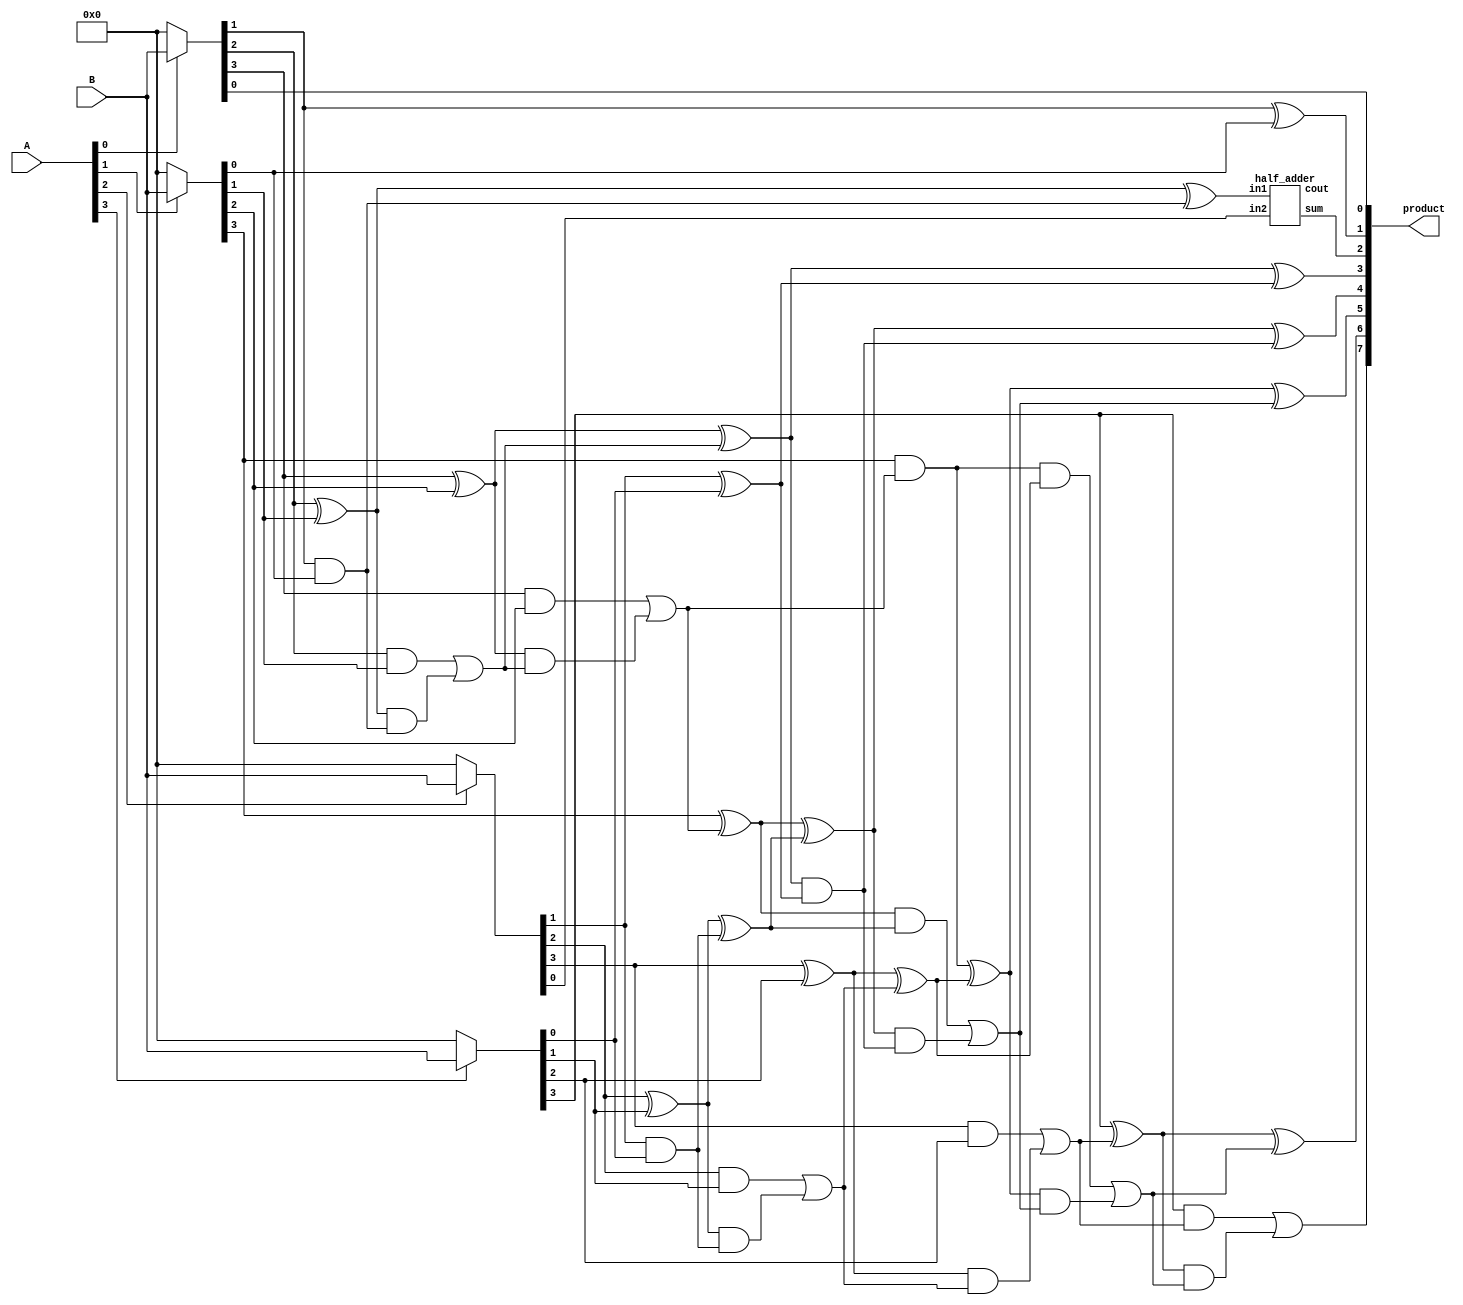
module russian_peasant_modified_unsigned_multiplier_4(product, A, B);
    /* This implementation uses carry look-ahead adders of max length 4 even
     * for final stage */

    input [3:0] A, B;
    output [7:0] product;

    wire [7:0] product;
    wire s11, s12, s13, s14, s21, s22, s23, s24;
    wire c11, c12, c13, c14, c21, c22, c23, c24, c31, c32, c33;

    wire [3:0] PP0, PP1, PP2, PP3;
    assign PP0 = A[0] ? B : 4'b0000;
    assign PP1 = A[1] ? B : 4'b0000;
    assign PP2 = A[2] ? B : 4'b0000;
    assign PP3 = A[3] ? B : 4'b0000;

    assign product[0] = PP0[0];


    wire [3:0] G1, P1, C1;
    assign G1[0] = PP0[1] & PP1[0];
    assign G1[1] = PP0[2] & PP1[1];
    assign G1[2] = PP0[3] & PP1[2];
    assign P1[0] = PP0[1] ^ PP1[0];
    assign P1[1] = PP0[2] ^ PP1[1];
    assign P1[2] = PP0[3] ^ PP1[2];
    assign P1[3] = PP1[3];

    assign C1[1] = G1[0];
    assign C1[2] = G1[1] | (P1[1] & C1[1]);
    assign C1[3] = G1[2] | (P1[2] & C1[2]);
    assign c1    = P1[3] & C1[3]; //G[3] | (P[3] & C[3]);
    assign s1    = P1[0];
    assign s2    = P1[1] ^ C1[1];
    assign s3    = P1[2] ^ C1[2];
    assign s4    = P1[3] ^ C1[3];

    assign product[1] = s1;
    wire [2:0] G2; /* Generate */
    wire [2:0] P2; /* Propagate */
    wire [2:0] C2; /* Carry */
    assign G2[0] = PP2[1] & PP3[0];
    assign G2[1] = PP2[2] & PP3[1];
    assign G2[2] = PP2[3] & PP3[2];
    assign P2[0] = PP2[1] ^ PP3[0];
    assign P2[1] = PP2[2] ^ PP3[1];
    assign P2[2] = PP2[3] ^ PP3[2];
    assign C2[1] = G2[0];
    assign C2[2] = G2[1] | (P2[1] & C2[1]);
    assign c2    = G2[2] | (P2[2] & C2[2]);
    assign s5    = P2[0];
    assign s6    = P2[1] ^ C2[1];
    assign s7    = P2[2] ^ C2[2];


    half_adder HA1(product[2], c3, s2, PP2[0]);
    wire [3:0] G, P, C, sum;
    assign G[0] = s3 & s5;
    assign G[1] = s4 & s6;
    assign G[2] = c1 & s7;
    assign G[3] = PP3[3]   & c2;
    assign P[0] = s3 ^ s5;
    assign P[1] = s4 ^ s6;
    assign P[2] = c1 ^ s7;
    assign P[3] = PP3[3] ^ c2;

    assign C[1] = G[0];// | (P[0] & C[0]);
    assign C[2] = G[1] | (P[1] & C[1]);
    assign C[3] = G[2] | (P[2] & C[2]);
    assign product[7] = G[3] | (P[3] & C[3]);
    assign product[3] = P[0];
    assign product[4] = P[1] ^ C[1];
    assign product[5] = P[2] ^ C[2];
    assign product[6] = P[3] ^ C[3];
endmodule


module russian_peasant_modified_unsigned_multiplier_4_attempt4(product, A, B);
   /* This implementation uses carry look-ahead adders of length 4, but the
    * final stage uses 5 bit carry lookahead adder*/
    input [3:0] A, B;
    output [7:0] product;

    wire [7:0] product;
    wire s11, s12, s13, s14, s21, s22, s23, s24;
    wire c11, c12, c13, c14, c21, c22, c23, c24, c31, c32, c33;

    wire [3:0] PP0, PP1, PP2, PP3;
    assign PP0 = A[0] ? B : 4'b0000;
    assign PP1 = A[1] ? B : 4'b0000;
    assign PP2 = A[2] ? B : 4'b0000;
    assign PP3 = A[3] ? B : 4'b0000;

    assign product[0] = PP0[0];


    wire [3:0] G1, P1, C1;
    assign G1[0] = PP0[1] & PP1[0];
    assign G1[1] = PP0[2] & PP1[1];
    assign G1[2] = PP0[3] & PP1[2];
    assign P1[0] = PP0[1] ^ PP1[0];
    assign P1[1] = PP0[2] ^ PP1[1];
    assign P1[2] = PP0[3] ^ PP1[2];
    assign P1[3] = PP1[3];

    assign C1[1] = G1[0];
    assign C1[2] = G1[1] | (P1[1] & C1[1]);
    assign C1[3] = G1[2] | (P1[2] & C1[2]);
    assign c1    = P1[3] & C1[3]; //G[3] | (P[3] & C[3]);
    assign s1    = P1[0];
    assign s2    = P1[1] ^ C1[1];
    assign s3    = P1[2] ^ C1[2];
    assign s4    = P1[3] ^ C1[3];


    assign product[1] = s1;
    wire [2:0] G2; /* Generate */
    wire [2:0] P2; /* Propagate */
    wire [2:0] C2; /* Carry */
    assign G2[0] = PP2[1] & PP3[0];
    assign G2[1] = PP2[2] & PP3[1];
    assign G2[2] = PP2[3] & PP3[2];
    assign P2[0] = PP2[1] ^ PP3[0];
    assign P2[1] = PP2[2] ^ PP3[1];
    assign P2[2] = PP2[3] ^ PP3[2];
    assign C2[1] = G2[0];
    assign C2[2] = G2[1] | (P2[1] & C2[1]);
    assign c2    = G2[2] | (P2[2] & C2[2]);
    assign s5    = P2[0];
    assign s6    = P2[1] ^ C2[1];
    assign s7    = P2[2] ^ C2[2]; 


    wire [4:0] G, P, C, sum;
    assign G[0] = s2 & PP2[0];
    assign G[1] = s3 & s5;
    assign G[2] = s4 & s6;
    assign G[3] = c1 & s7;
    assign G[4] = PP3[3]   & c2;
    assign P[0] = s2 ^ PP2[0];
    assign P[1] = s3 ^ s5;
    assign P[2] = s4 ^ s6;
    assign P[3] = c1 ^ s7;
    assign P[4] = PP3[3] ^ c2;

    assign C[1] = G[0];// | (P[0] & C[0]);
    assign C[2] = G[1] | (P[1] & C[1]);
    assign C[3] = G[2] | (P[2] & C[2]);
    assign C[4] = G[3] | (P[3] & C[3]);
    assign product[7] = G[4] | (P[4] & C[4]);
    assign product[2] = P[0];
    assign product[3] = P[1] ^ C[1];
    assign product[4] = P[2] ^ C[2];
    assign product[5] = P[3] ^ C[3];
    assign product[6] = P[4] ^ C[4];
endmodule


module russian_peasant_modified_unsigned_multiplier_4_attempt3(product, A, B);
    input [3:0] A, B;
    output [7:0] product;

    wire [7:0] product;
    wire s11, s12, s13, s14, s21, s22, s23, s24;
    wire c11, c12, c13, c14, c21, c22, c23, c24, c31, c32, c33;

    wire [3:0] P0, P1, P2, P3;
    assign P0 = A[0] ? B : 4'b0000;
    assign P1 = A[1] ? B : 4'b0000; 
    assign P2 = A[2] ? B : 4'b0000;
    assign P3 = A[3] ? B : 4'b0000;

    /* First stage of Wallace Tree Reduction */
    assign product[0] = P0[0];
    half_adder HA1(product[1], c11, P0[1], P1[0]);
    full_adder FA1(s12,        c12, P0[2], P1[1], P2[0]);
    full_adder FA2(s13,        c13, P0[3], P1[2], P2[1]);
    half_adder HA2(s14,        c14,        P1[3], P2[2]);

    /* Second stage of Wallace Tree Reduction */
    half_adder HA3(product[2], c21,        s12,   c11);
    full_adder FA3(s22,        c22, P3[0], s13,   c12);
    full_adder FA4(s23,        c23, P3[1], s14,   c13);
    full_adder FA5(s24,        c24, P3[2], P2[3], c14);

    /* Final Stage of adding products using Carry-Look-Ahead(CLA) Adder */
    wire [3:0] G; /* Generate */
    wire [3:0] P; /* Propagate */
    wire [3:0] C; /* Carry */

    assign G[0] = s22 & c21; assign G[1] = s23 & c22; assign G[2] = s24 & c23; assign G[3] = P3[3] & c24;
    assign P[0] = s22 ^ c21; assign P[1] = s23 ^ c22; assign P[2] = s24 ^ c23; assign P[3] = P3[3] ^ c24;
    //assign C[0] = 0;
    assign C[1] = G[0];
    assign C[2] = G[1] | (P[1] & G[0]);
    assign C[3] = G[2] | (P[2] & G[1]) | (P[2] & P[1] & G[0]);
    assign product[7] = G[3] | (P[3] & G[2]) | (P[3] & P[2] & G[1]) | (P[3] & P[2] & P[1] & G[0]);
    assign product[3] = P[0];
    assign product[4] = P[1] ^ C[1];
    assign product[5] = P[2] ^ C[2];
    assign product[6] = P[3] ^ C[3];
endmodule

module russian_peasant_modified_unsigned_multiplier_4_attemp2(product, A, B);
    input [3:0] A, B;
    output [7:0] product;

    wire [7:0] product;
    wire s11, s12, s13, s14, s21, s22, s23, s24;
    wire c11, c12, c13, c14, c21, c22, c23, c24, c31, c32, c33;

    wire [3:0] P0, P1, P2, P3;
    assign P0 = A[0] ? B : 4'b0000;
    assign P1 = A[1] ? B : 4'b0000;
    assign P2 = A[2] ? B : 4'b0000;
    assign P3 = A[3] ? B : 4'b0000;

    /* First stage of Wallace Tree Reduction */
    assign product[0] = P0[0];
    half_adder HA1(product[1], c11, P0[1], P1[0]);
    full_adder FA1(s12,        c12, P0[2], P1[1], P2[0]);
    full_adder FA2(s13,        c13, P0[3], P1[2], P2[1]);
    half_adder HA2(s14,        c14,        P1[3], P2[2]);

    /* Second stage of Wallace Tree Reduction */
    half_adder HA3(product[2], c21,        s12,   c11);
    full_adder FA3(s22,        c22, P3[0], s13,   c12);
    full_adder FA4(s23,        c23, P3[1], s14,   c13);
    full_adder FA5(s24,        c24, P3[2], P2[3], c14);

    half_adder HA01(product[3], c31,        s22,   c21);
    full_adder FA01(product[4], c32,        s23,   c22, c31);
    full_adder FA02(product[5], c33,        s24,   c23, c32);
    full_adder FA03(product[6], product[7], P3[3], c24, c33);
endmodule

module russian_peasant_modified_unsigned_multiplier_4_attempt1(product, A, B);
    input [3:0] A, B;
    output [7:0] product;

    wire [7:0] product;
    reg [7:0] temp, B_mod;
    reg [7:0] P0, P1, P2, P3;

    wire s11, s12, s13, s14, s21, s22, s23, s24;
    wire c11, c12, c13, c14, c21, c22, c23, c24, c31, c32, c33;

    always @ (*) begin
        B_mod = B;

        P0 = A[0] ? B_mod : 8'd00;

        B_mod = B_mod << 1;
        P1 = A[1] ? B_mod : 8'd00;

        B_mod = B_mod << 1;
        P2 = A[2] ? B_mod : 8'd00;

        B_mod = B_mod << 1;
        P3 = A[3] ? B_mod : 8'd00;
    end

    /* First stage of Wallace Tree Reduction */
    assign product[0] = P0[0];
    half_adder HA1(product[1], c11, P0[1], P1[1]);
    full_adder FA1(s12,        c12, P0[2], P1[2], P2[2]);
    full_adder FA2(s13,        c13, P0[3], P1[3], P2[3]);
    half_adder HA2(s14,        c14,        P1[4], P2[4]);

    /* Second stage of Wallace Tree Reduction */
    half_adder HA3(product[2], c21,        s12,   c11);
    full_adder FA3(s22,        c22, P3[3], s13,   c12);
    full_adder FA4(s23,        c23, P3[4], s14,   c13);
    full_adder FA5(s24,        c24, P3[5], P2[5], c14);

    /* Final Stage of adding products using Carry-Look-Ahead(CLA) Adder */
    wire [3:0] sum;
    wire [3:0] G; /* Generate */
    wire [3:0] P; /* Propagate */
    wire [3:0] C; /* Carry */

    assign G[0] = s22 & c21; assign G[1] = s23 & c22; assign G[2] = s24 & c23; assign G[3] = P3[6] & c24;
    assign P[0] = s22 ^ c21; assign P[1] = s23 ^ c22; assign P[2] = s24 ^ c23; assign P[3] = P3[6] ^ c24;

    assign C[0] = 0;  /* Carry_out = Ci+1 = Gi + Pi*Ci */
    assign C[1] = G[0];// | (P[0] & C[0]);
    assign C[2] = G[1] | (P[1] & G[0]);// | (P[1] & P[0] & C[0]);
    assign C[3] = G[2] | (P[2] & G[1]) | (P[2] & P[1] & G[0]);// | (P[2] & P[1] & P[0] & C[0]); 
    assign product[7] = G[3] | (P[3] & G[2]) | (P[3] & P[2] & G[1]) | (P[3] & P[2] & P[1] & G[0]);// |(P[3] & P[2] & P[1] & P[0] & C[0]);
    assign sum = P ^ C;
    assign product[3] = sum[0];
    assign product[4] = sum[1];
    assign product[5] = sum[2];
    assign product[6] = sum[3];
endmodule

module half_adder(output wire sum,
                  output wire cout,
                  input wire in1,
                  input wire in2);
    xor(sum, in1, in2);
    and(cout, in1, in2);
endmodule

module full_adder(output wire sum,
                  output wire cout,
                  input wire in1,
                  input wire in2,
                  input wire cin);
    wire temp1;
    wire temp2;
    wire temp3;
    xor(sum, in1, in2, cin);
    and(temp1,in1,in2);
    and(temp2,in1,cin);
    and(temp3,in2,cin);
    or(cout,temp1,temp2,temp3);
endmodule